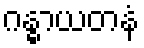
ဂန္ဓာယတနံ